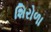
શિરોળા